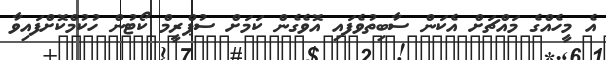
އެ މީހެއްގެ މައްޗަށް އެކަން ސާބިތުވެފައި އޮވެގެން ކަމަށް ސުޕްރީމް ކޯޓުން ހުކުމްކޮށްފައިވާ